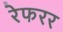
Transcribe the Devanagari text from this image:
रेफरर